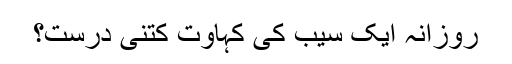
روزانہ ایک سیب کی کہاوت کتنی درست؟